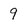
Character: 9